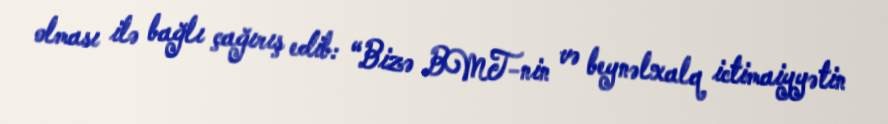
olması ilə bağlı çağırış edib: “Bizə BMT-nin və beynəlxalq ictimaiyyətin